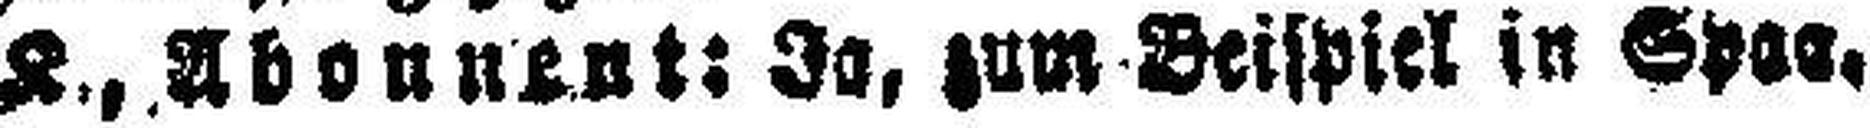
K., Abonnent: Ja, zum Beilspiel in Spaa.